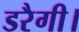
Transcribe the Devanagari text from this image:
डरैगी।